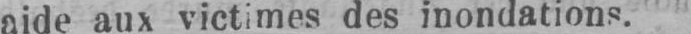
aide aux victimes des inondations.